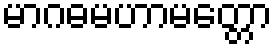
မာဂဓမဟာမတ္တော